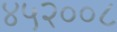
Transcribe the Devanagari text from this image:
४५२००८